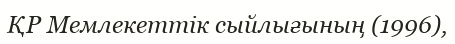
ҚР Мемлекеттік сыйлығының (1996),